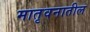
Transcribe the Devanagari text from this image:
मातृवनातील